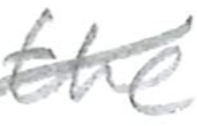
Text: the
Cross-out: diagonal
Writing tool: pencil